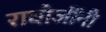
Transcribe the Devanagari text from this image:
राघोजींनी